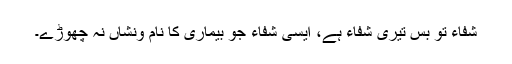
شفاء تو بس تیری شفاء ہے، ایسی شفاء جو بیماری کا نام ونشاں نہ چھوڑے۔